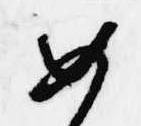
如